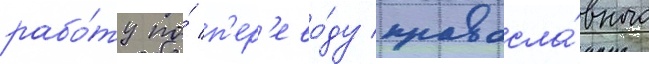
рабо́ту по́ п'ер'ево́ду правосла́вного